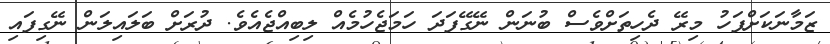
ޒަމާނަކަށްފަހު މިރޭ ދެހިތަށްވެސް ބުނަން ނޭގޭފަދަ ހަމަޖެހުމެއް ލިބިއްޖެއެވެ. ދުރަށް ބަލައިލަން ނޭގިފައި